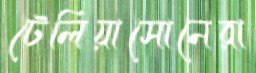
টেলিয়াসোনেরা